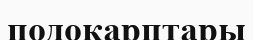
подокарптары